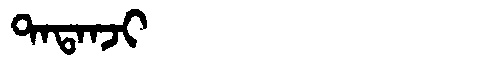
Manchu: ᡨᠠᡨᠠᠨᠵᡳ
Romanization: TATANJI